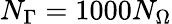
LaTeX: N_{\Gamma}=1000N_{\Omega}